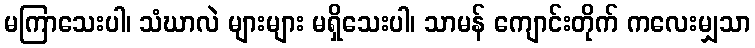
မကြာသေးပါ၊ သံဃာလဲ များများ မရှိသေးပါ၊ သာမန် ကျောင်းတိုက် ကလေးမျှသာ